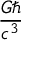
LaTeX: \frac { G \hbar } { c ^ { 3 } }